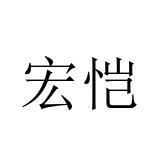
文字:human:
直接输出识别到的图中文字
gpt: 宏恺